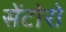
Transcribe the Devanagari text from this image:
सेंटोरो